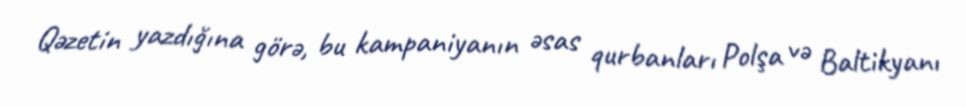
Qəzetin yazdığına görə, bu kampaniyanın əsas qurbanları Polşa və Baltikyanı